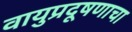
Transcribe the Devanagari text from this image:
वायुप्रदूषणाचा